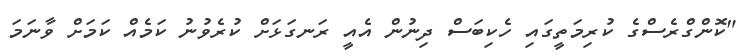
"ކޮންގްރެސްގެ ކުރިމަތީގައި ހެކިބަސް ދިނުން އެއީ ރަނގަޅަށް ކުރެވުނު ކަމެއް ކަމަށް ވާނަމަ